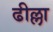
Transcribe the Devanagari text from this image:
ढील्ला